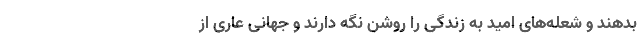
بدهند و شعله‌های امید به زندگی را روشن نگه دارند و جهانی عاری از